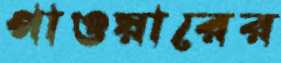
পাওয়ারের